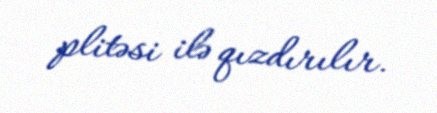
plitəsi ilə qızdırılır.